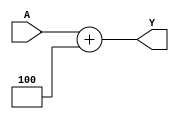
module adderplus4(
 input [31:0]A,
 output [31:0] Y
 );
 
assign Y = A + 32'd4; 

endmodule